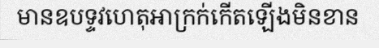
មានឧបទ្ទវហេតុអាក្រក់កើតឡើងមិនខាន